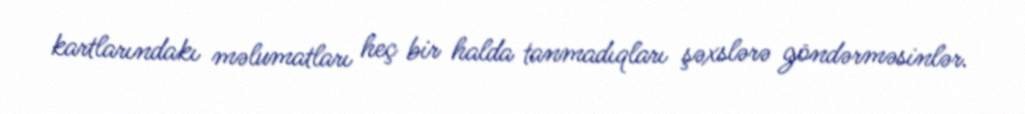
kartlarındakı məlumatları heç bir halda tanmadıqları şəxslərə göndərməsinlər.